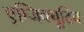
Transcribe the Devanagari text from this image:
एग्जिक्यूटिव